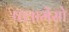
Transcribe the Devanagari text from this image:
फ्लामेंसो